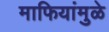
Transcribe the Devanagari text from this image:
माफियांमुळे